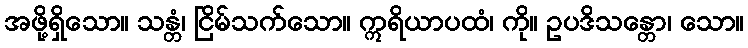
အဖို့ရှိသော။ သန္တံ၊ ငြိမ်သက်သော။ ဣရိယာပထံ၊ ကို။ ဥပဒိသန္တော၊ သော။